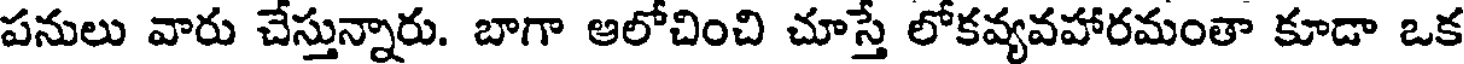
పనులు వారు చేస్తున్నారు. బాగా ఆలోచించి చూస్తే లోకవ్యవహారమంతా కూడా ఒక